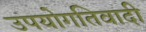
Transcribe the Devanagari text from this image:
उपयोगतिवादी